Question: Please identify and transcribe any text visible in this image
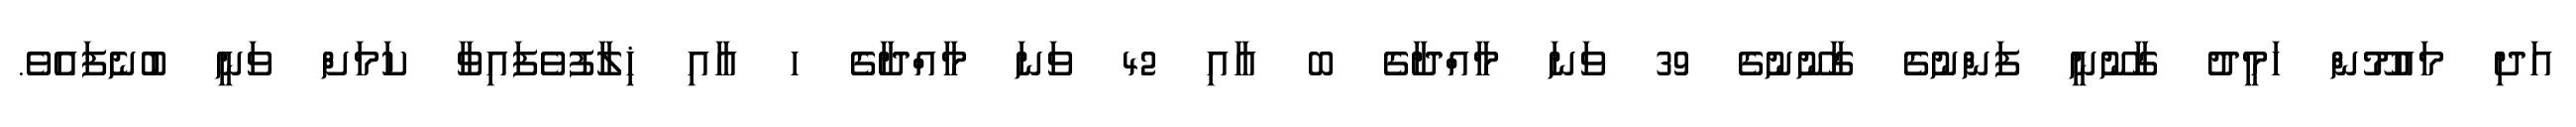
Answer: އަދި މައުމޫން ހަމީދު ގާނޫނީ ފަންނުގެ ގާނޫނުގެ 39 ވަނަ މާއްދާގެ ބ އާއި 42 ވަނަ މާއްދާގެ ހ އާއި ޚިލާފުވެފައިވާ ކަމަށް ވަނީ ބުނެފައެވެ.